Vaccine operations Central Provinces & Berar 1922-1929 - 1922-1929
Year: 1922
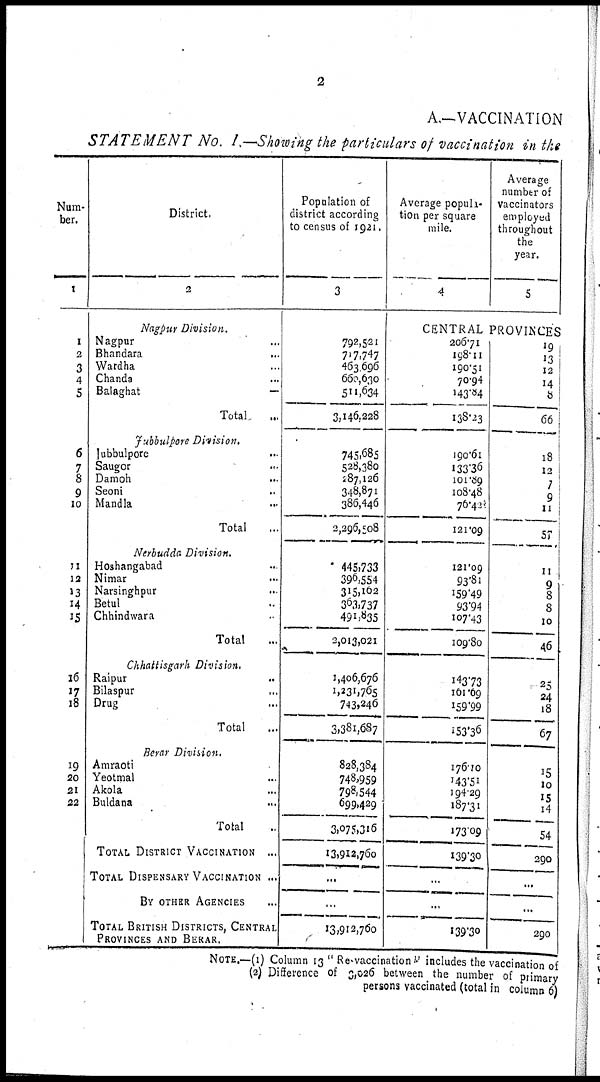
2
A.-VACCINATION
STATEMENT No. I.—Showing the particulars of vaccination in the
Num-
ber.
1
1
2
3
4
5
6
7
8
9
10
11
12
13
14
15
16
17
18
19
20
21
22
District.
2
Nagpur Division.
Nagpur...
Bhandara...
Wardha...
Chanda...
Balaghat...
Total...
Jubbulpore Division.
Jubbulpore...
Saugor...
Damoh...
Seoni...
Mandla...
Total...
Nerbudda Division.
Hoshangabad...
Nimar...
Narsinghpur...
Betul...
Chhindwara...
Total...
Chhattisgarh Division.
Raipur...
Bilaspur...
Drug...
Total...
Berar Division.
Amraoti...
Yeotmal...
Akola...
Buldana...
Total...
TOTAL DISTRICT VACCINATION ...
TOTAL DISPENSARY VACCINATION...
BY OTHER AGENCIES
TOTAL BRITISH DISTRICTS, CENTRAL
PROVINCES AND BERAR.
Population of
district according
to census of 1921.
3
792,521
717,747
463,696
660,630
511,634
3,146,228
745,685
528,380
287,126
348,871
386,446
2,296,508
445,733
396,554
315,102
363,737
491,835
2,013,021
1,406,676
1,231,765
743,246
3,381,687
828,384
748,959
798,544
699,429
3,075,316
13,912,760
...
...
13,9l2,760
Average popula-
tion per square
mile.
4
Average
number of
Vaccinators
employed
throughout
the
year.
5
CENTRAL PROVINCES
206.71
198.11
190.51
70.94
143.84
138.23
190.61
133.36
101.89
108.48
76.42
121.09
121.09
93.81
159.49
93.94
107.43
109.80
143.73
161.69
159.99
153.36
176.10
143.51
194.29
187.31
173.09
139.30
...
...
139.30
l9
13
12
14
8
66
18
12
7
9
11
57
11
9
8
8
10
46
25
24
18
67
15
10
15
14
54
290
...
...
290
NOTE.—(1) Column 13 "Re-vaccination" includes the vaccination of
(2) Difference of 3,026 between the number of primary
persons vaccinated (total in column 6)